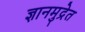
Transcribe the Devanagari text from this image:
ज्ञानमुद्रेत